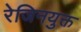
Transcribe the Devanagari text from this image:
रेजिनयुक्त